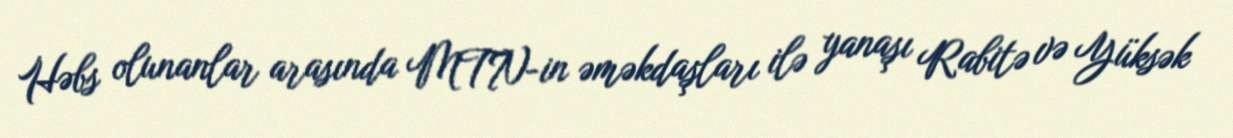
Həbs olunanlar arasında MTN-in əməkdaşları ilə yanaşı Rabitə və Yüksək